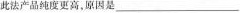
此法产品纯度更高，原因是___